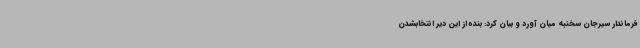
فرماندار سیرجان سخنبه میان آورد و بیان کرد: بنده از این دیر انتخابشدن